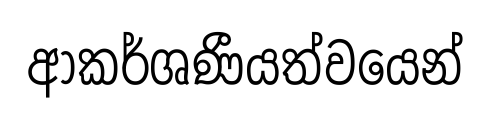
ආකර්ශණීයත්වයෙන්